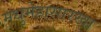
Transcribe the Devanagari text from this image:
मधुमेहासारखा